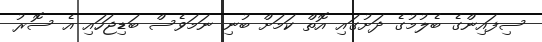
ސިފައިންގެ ބެލުމުގެ ދަށުގައި އޮތް ކަމަށް ބުނި ނަމަވެސް ބަޑިޖަހައި އެ ސޮރު